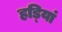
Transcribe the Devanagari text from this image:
हडि्यां